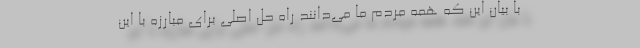
با بیان این که همه مردم ما می‌دانند راه حل اصلی برای مبارزه با این